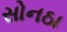
સોનઠા